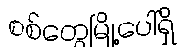
စစ်တွေမြို့ပေါ်ရှိ